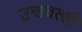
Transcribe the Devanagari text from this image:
उन्डवल्ली